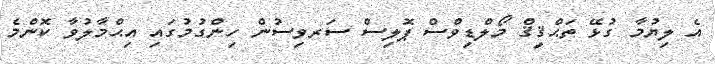
އެ ލިޔުމާ ގުޅޭ ތަޙްޤީޤް މޯލްޑިވްސް ޕޮލިސް ސަރވިސުން ހިންގުމުގައި އިޙްމާލުވާ ކޮންމެ